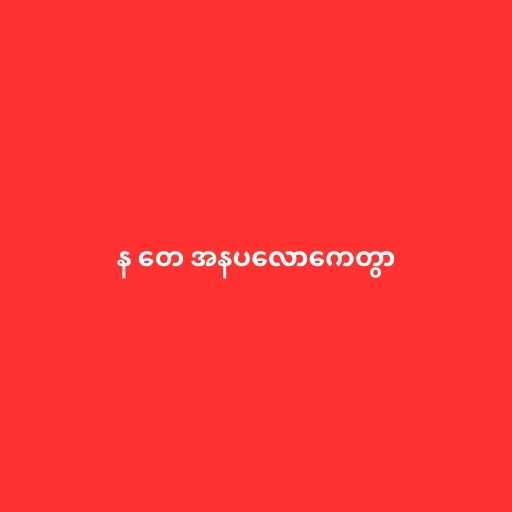
န တေ အနပလောကေတွာ